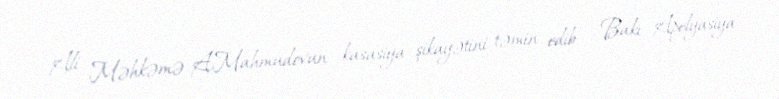
Ali Məhkəmə A.Mahmudovun kasasiya şikayətini təmin edib - Bakı Apelyasiya